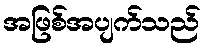
အဖြစ်အပျက်သည်